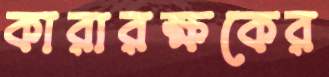
কারারক্ষকের